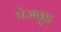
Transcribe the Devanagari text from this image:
पेजवुड